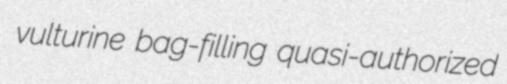
vulturine bag-filling quasi-authorized